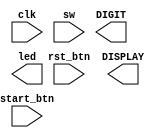
// <Student_ID> <Name>

// e.g. 109012345 
// Add your ID and name to FIRST line of file, or you will get 5 points penalty


module exam1_C(
    input wire clk, // 100Mhz clock
    input wire rst_btn,
    input wire start_btn,
    input wire [15:0] sw,
    output wire [3:0] DIGIT,
    output wire [6:0] DISPLAY,
    output wire [15:0] led // You can modify "wire" of output ports to "reg" if needed
);
    //Your design here
 



endmodule

// You can modify below modules I/O or content if needed.
// Also you can add any module you need.
// Make sure you include all modules you used in this file.

module onepulse(pb_debounced, clk, pb_1pulse);	
	input pb_debounced;	
	input clk;	
	output pb_1pulse;	

	reg pb_1pulse;	
	reg pb_debounced_delay;	

	always@(posedge clk) begin
		pb_1pulse <= pb_debounced & (! pb_debounced_delay);
		pb_debounced_delay <= pb_debounced;
	end	
endmodule

module SevenSegment(
	output reg [6:0] display,
	output reg [3:0] digit, 
	input wire [15:0] nums, // four 4-bits BCD number
	input wire rst,
	input wire clk  // Input 100Mhz clock
);
    
    reg [15:0] clk_divider;
    reg [3:0] display_num;
    
    always @ (posedge clk, posedge rst) begin
    	if (rst) begin
    		clk_divider <= 15'b0;
    	end else begin
    		clk_divider <= clk_divider + 15'b1;
    	end
    end
    
    always @ (posedge clk_divider[15], posedge rst) begin
    	if (rst) begin
    		display_num <= 4'b0000;
    		digit <= 4'b1111;
    	end else begin
    		case (digit)
    			4'b1110 : begin
    					display_num <= nums[7:4];
    					digit <= 4'b1101;
    				end
    			4'b1101 : begin
						display_num <= nums[11:8];
						digit <= 4'b1011;
					end
    			4'b1011 : begin
						display_num <= nums[15:12];
						digit <= 4'b0111;
					end
    			4'b0111 : begin
						display_num <= nums[3:0];
						digit <= 4'b1110;
					end
    			default : begin
						display_num <= nums[3:0];
						digit <= 4'b1110;
					end				
    		endcase
    	end
    end
    
    always @ (*) begin
    	case (display_num)
    		0 : display = 7'b1000000;	//0000
			1 : display = 7'b1111001;   //0001                                                
			2 : display = 7'b0100100;   //0010                                                
			3 : display = 7'b0110000;   //0011                                             
			4 : display = 7'b0011001;   //0100                                               
			5 : display = 7'b0010010;   //0101                                               
			6 : display = 7'b0000010;   //0110
			7 : display = 7'b1111000;   //0111
			8 : display = 7'b0000000;   //1000
			9 : display = 7'b0010000;	//1001
			10: display = 7'b0010010;	//S
			11: display = 7'b0001100;	//P
			12: display = 7'b0001000;	//R
			default : display = 7'b1111111;
    	endcase
    end
    
endmodule

module clock_divider(clk, clk_div);   
    parameter n = 26;     
    input clk;   
    output clk_div;   
    
    reg [n-1:0] num;
    wire [n-1:0] next_num;
    
    always@(posedge clk)begin
    	num <= next_num;
    end
    
    assign next_num = num +1;
    assign clk_div = num[n-1];
    
endmodule

module debounce (pb_debounced, pb, clk); 
	output pb_debounced;
	input pb;
	input clk; 
	reg [3:0] DFF;
	always @(posedge clk) begin 
		DFF[3:1] <= DFF[2:0]; 
		DFF[0] <= pb; 
	end
	assign pb_debounced = ((DFF == 4'b1111) ? 1'b1 : 1'b0);

endmodule